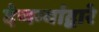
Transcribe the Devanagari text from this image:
देणग्यांद्वारे